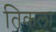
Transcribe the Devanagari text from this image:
तिकला